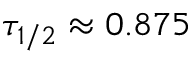
\tau _ { 1 / 2 } \approx 0 . 8 7 5